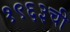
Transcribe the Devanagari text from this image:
१९६३ची